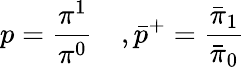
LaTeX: p=\frac{\pi^{1}}{\pi^{0}}\quad,{\bar{p}}^{+}=\frac{\bar{\pi}_{1}}{{\bar{\pi}}_{0}}